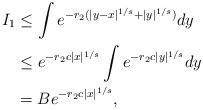
LaTeX: \begin{align*} I_1 &\leq \int e^{-r_2( |y-x|^{1/s} + |y|^{1/s})} d y \\ &\leq e^{- r_2 c |x|^{1/s}} \int e^{- r_2 c |y|^{1/s}} d y \\ &= B e^{- r_2 c |x|^{1/s}},\end{align*}